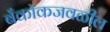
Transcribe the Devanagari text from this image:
बँकॉकजवळील